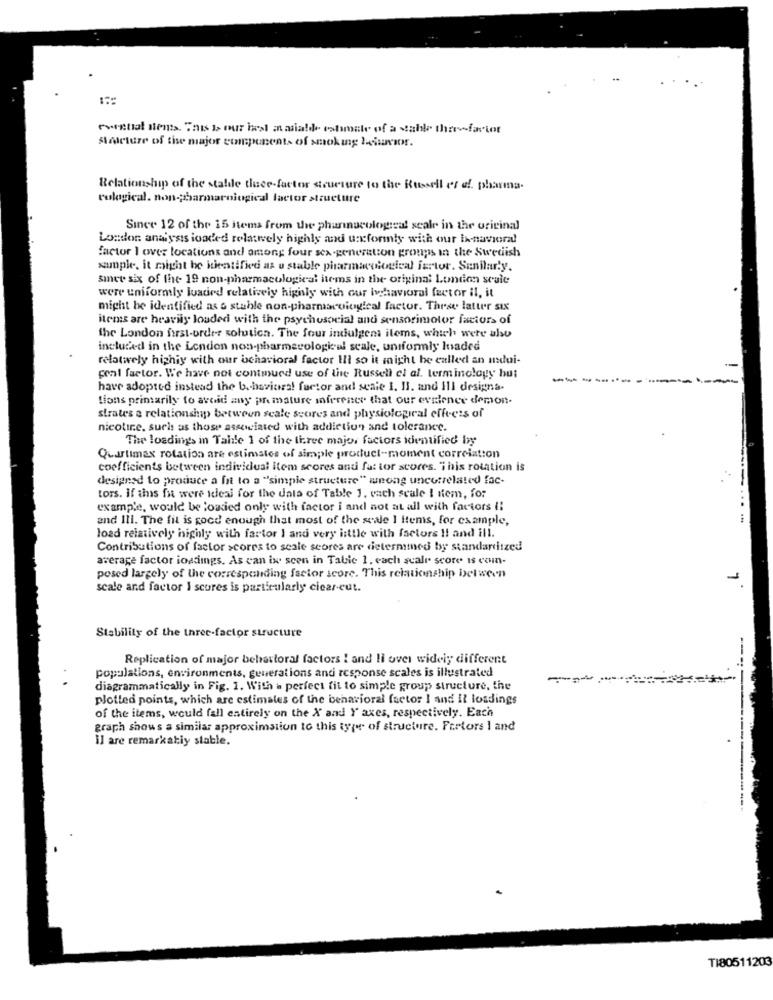
eventual semts. This is our hast asiable estimate of a stable the-factor
Mmeture of tise major components of smoking louvor.
Relationship of the stabile thace-factor structure to the Russell es of pharma.
cological. non -; bbarmarological factor structure
Since 12 of the 15 items from the pharmacological scale in the original
London analysis loaded relatively highly and unsformly with our ix-navioral
factor I over locations and among four sex-generation groups in the Swedish
suple. it might be identified as u stable pharmacological furtor. Sunilarty.
since six of the 19 non-pharmacological items in the original London scale
were uniformly loaded relatively highly with our ihavioral factor il, it
might be identified as & stable non-pharmacological factor. Three latter six
items are heavily louded with the psychosocial and sensorimotor factors of
the London first-order solution. The four indulgent items, which were also
included in the London non-pharmacological seale, uniformly loaded
relatively highly with our ocharioral factor III so it might be called an mdui-
coal factor. We have not contmued use of the Russell el af. terminology but
---
have adopted instead the behavioral furtor and scale I. Il. and ill designa-
tions primarily to avoid any pre mature inferener that our evalence demon-
strates a relationship between scale scores and physiological effects of
nicotine, such as those assewiated with addiction and tolerance.
The loadings in Talle 1 of the three major factors identified by
Quartimax rotation are estimates of simple product-moment correlation
coefficients between individual item scores andi fat tor scores. This rotation is
designed to produce a fit to a "simple structure" wong uncutrelated fac-
tors. If this fi were ideal for the data of Table 1. vach scale ! nem, for
example, would be loaded only with factor i and not at all with factors !!
and Ill. The fit is good enough that most of the sale I Items, for example,
load relatively highly with factor I and very little with factors !! and ill.
Contributions of factor scores to scale scores are determined by standardized
average factor ioadings. As can ix seen in Table 1. each scale score is com-
posed largely of the corresponding factor score. This relationship between
scale and factor I scores is particularly cicar-cut.
Stability of the three-factor structure
Replication of major behavioral factors ! and li over widely different
-
populations, environments, generations and response scales is illustrated
-----
diagrammatically in Fig. 1. With a perfect fit to simple group structure, the
plotted points, which are estimates of the behavioral factor I and il loadings
of the items, would fall entirely on the X and Y axes, respectively. Each
graph shows a similar approximation to this type of structure. Fretors 1 and
Il are remarkably stable.
TI80511203